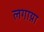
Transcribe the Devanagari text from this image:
लगाय़ा